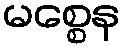
မစ္စေန